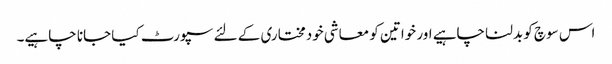
اس سوچ کو بدلنا چاہیے اور خواتین کو معاشی خودمختاری کے لئے سپورٹ کیا جانا چاہیے۔